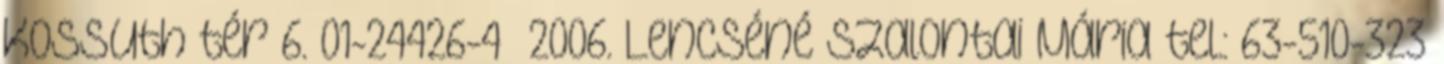
Kossuth tér 6. 01-24426-4 2006. Lencséné Szalontai Mária tel.: 63-510-323